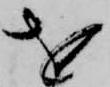
を